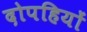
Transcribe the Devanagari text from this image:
दोपहियों